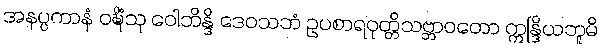
အနပ္ပကာနံ ဝဍ္ဎိံသု ဝေါဘိန္ဒိ ဒေဝသဘံ ဥပစာရဝုတ္တိသဗ္ဘာဝတော ဣန္ဒြိယဘူမိ